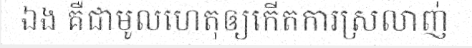
ឯង គឺជាមូលហេតុឲ្យកើតការស្រលាញ់